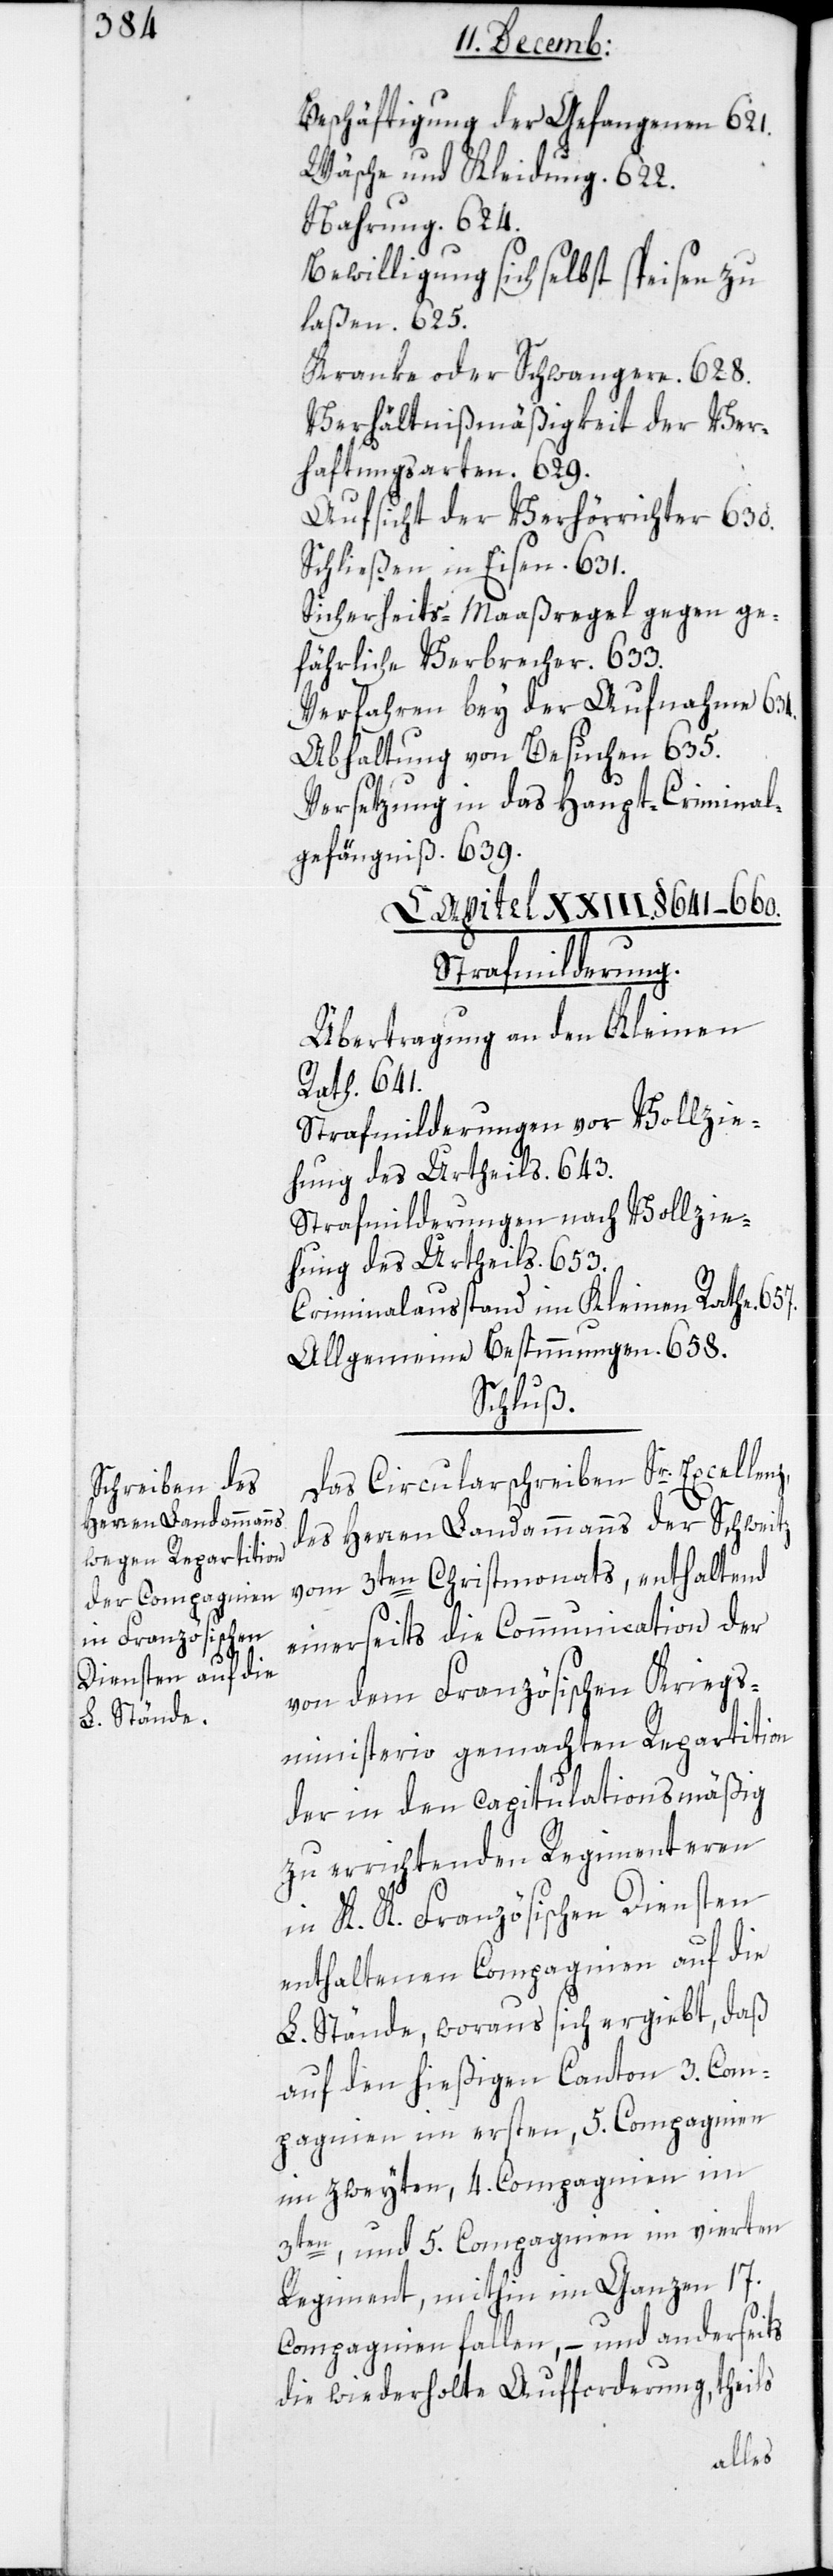
Beschäftigung der Gefangenen 621.
Wäsche und Kleidung. 622.
Nahrung. 624.
Bewilligung sich selbst speisen zu
laßen. 625.
Kranke oder Schwangere. 628.
Verhältnißmäßigkeit der Ver¬
haftungsarten. 629.
Aufsicht der Verhörrichter. 630.
Schließen in Eisen. 631.
Sicherheits-Maaßregeln gegen ge¬
fährliche Verbrecher. 633.
Verfahren bey der Aufnahme 634.
Abhaltung von Besuchen 635.
Versetzung in das Haupt-Crimina¬
l-Gefängniß. 639.
Strafmilderung.
Übertragung an den Kleinen
Rath. 641.
Strafmilderungen vor Vollzie¬
hung des Urtheils. 643.
Vollzie¬
Stradmilderungen nach
hung des Urtheils. 653.
Criminalausstand im Kleinen Rathe.
Allgemeine Bestimmungen. 658.
Schluß.
Das Circularschreiben Sr. Excellenz
des Herren Landammanns der Schweitz
vom 3ten Christmonats, enthaltend
einerseits die Communication der
von dem Französischen Kriegs¬
ministerio gemachten Repartition
der in den capitulationsmäßig
zu errichtenden Regimenteren
in K. K. Französischen Diensten
enthaltenen Compagnien auf die
L. Stände, woraus sich ergiebt, daß
auf den hießigen Canton 3. Com¬
pagnien im ersten, 5. Compagnien
im zweyten, 4. Compagnien im
3ten, und 5. Compagnien im vierten
Regiment, mithin im ganzen 17.
Compagnien fallen, – und anderseits
die wiederholte Aufforderung, theils